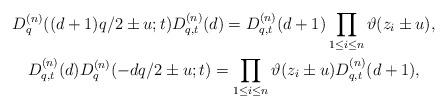
LaTeX: \begin{gather*} D^{(n)}_q((d+1)q/2\pm u;t) D^{(n)}_{q,t}(d)= D^{(n)}_{q,t}(d+1) \prod_{1\le i\le n} \vartheta(z_i\pm u), \\ D^{(n)}_{q,t}(d) D^{(n)}_q(-dq/2\pm u;t)= \prod_{1\le i\le n} \vartheta(z_i\pm u) D^{(n)}_{q,t}(d+1), \end{gather*}